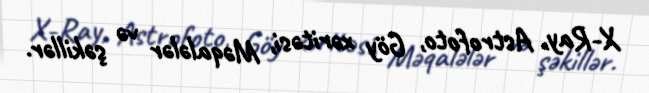
X-Ray, Astrofoto, Göy xəritəsi, Məqalələr və şəkillər.